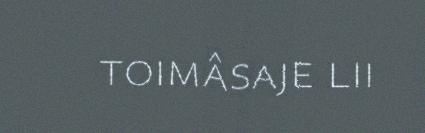
toimâsaje lii